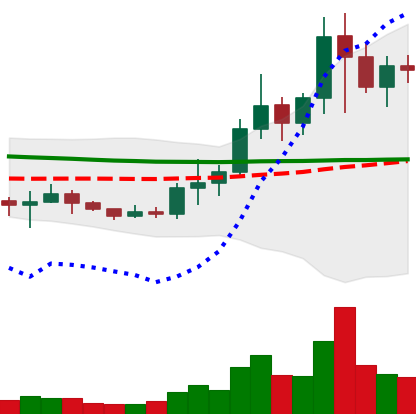
Ticker: NEO-USD
Chart end date: 2021-01-14
Forward return: 15.341%
Label: up_7plus